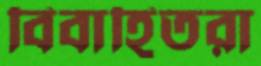
বিবাহিতরা